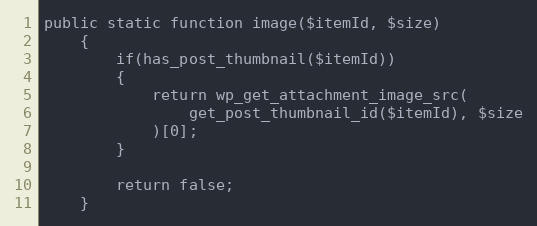
Language: PHP
public static function image($itemId, $size)
    {
        if(has_post_thumbnail($itemId))
        {
            return wp_get_attachment_image_src(
                get_post_thumbnail_id($itemId), $size
            )[0];
        }

        return false;
    }